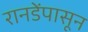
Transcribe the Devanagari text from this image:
रानडेंपासून